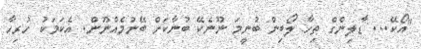
"އޯކޭ... ޑާލިންގް ތިހާ ލޯބިން ބުނީމަ ނޫނެކޭ ބުނާކަށް ބޭނުމެއްނޫން. އެކަމަކު ހުރިހާ